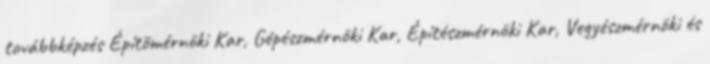
továbbképzés Építõmérnöki Kar, Gépészmérnöki Kar, Építészmérnöki Kar, Vegyészmérnöki és